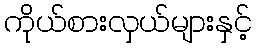
ကိုယ်စားလှယ်များနှင့်